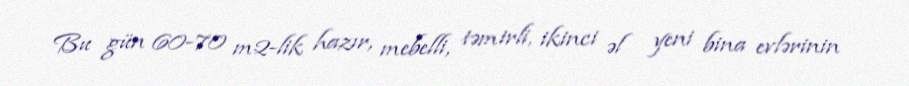
Bu gün 60-70 m2-lik hazır, mebelli, təmirli, ikinci əl yeni bina evlərinin